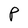
Character: P